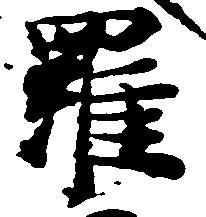
羅